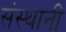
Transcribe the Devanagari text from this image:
संस्थानीं